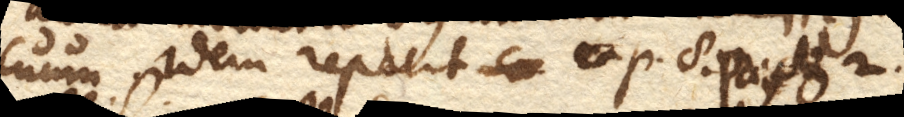
cuum. Idem repetit cap. 8. pag. 82.